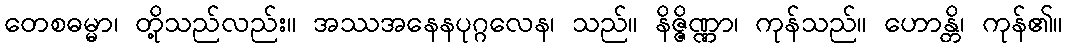
တေစဓမ္မာ၊ တို့သည်လည်း။ အဿအနေနပုဂ္ဂလေန၊ သည်။ နိဇ္ဇိဏ္ဏာ၊ ကုန်သည်။ ဟောန္တိ၊ ကုန်၏။